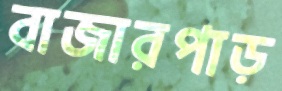
বাজারপাড়